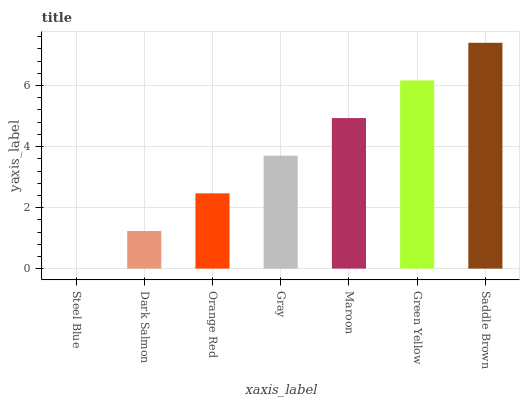
| xaxis_label | bars |
 | --- | --- |
 | Steel Blue | 0 |
 | Dark Salmon | 1.23 |
 | Orange Red | 2.47 |
 | Gray | 3.7 |
 | Maroon | 4.94 |
 | Green Yellow | 6.17 |
 | Saddle Brown | 7.4 |